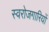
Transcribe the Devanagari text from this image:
स्वरोजगारियों